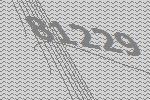
81229